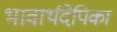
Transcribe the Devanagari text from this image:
भावार्थदेपिका